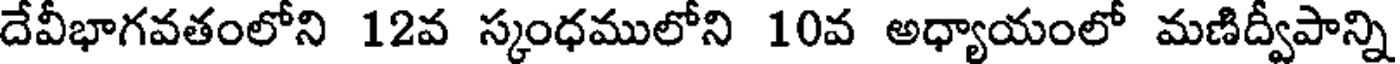
దేవీభాగవతంలోని 12వ స్కంధములోని 10వ అధ్యాయంలో మణిద్వీపాన్ని